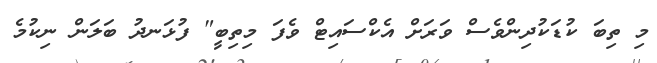
މި ތިބަ ކުޑަކުދިންވެސް ވަރަށް އެކްސައިޓް ވެފަ މިތިބީ" ފުޅަނދު ބަލަން ނިކުމެ